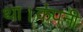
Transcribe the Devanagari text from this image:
था।कंपनी